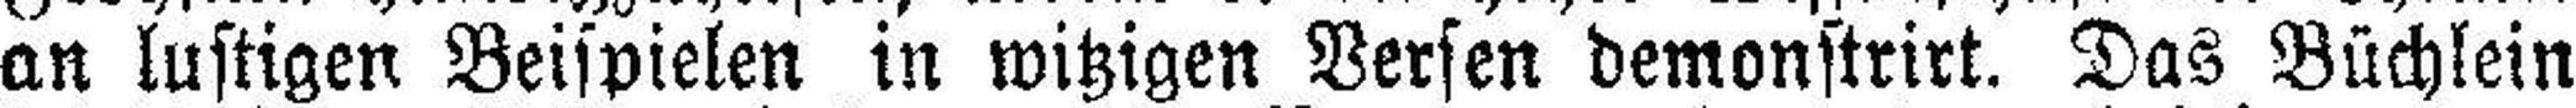
an lustigen Beispielen in witzigen Versen demonstrirt. Das Büchlein